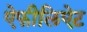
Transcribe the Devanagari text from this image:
ऐफीलिऐट